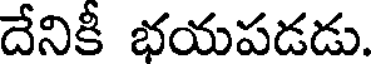
దేనికీ భయపడడు.